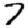
Digit: 7